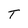
Character: T